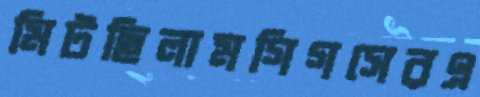
মিটছিলামগিগসেরএ